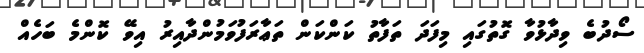
ސޯދުބެ ވިދާޅުވާ ގޮތުގައި މިފަދަ ތަފާތު ކަންކަން ތަޢާރަފުވަމުންދާއިރު އިވޭ ކޮންމެ ބަހެއް